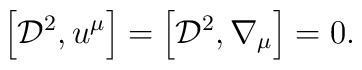
\left[{\cal D}^2, u^\mu\right]=\left[{\cal D}^2, \nabla_\mu\right]=0.